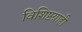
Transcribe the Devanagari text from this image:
विशिष्टग्राही